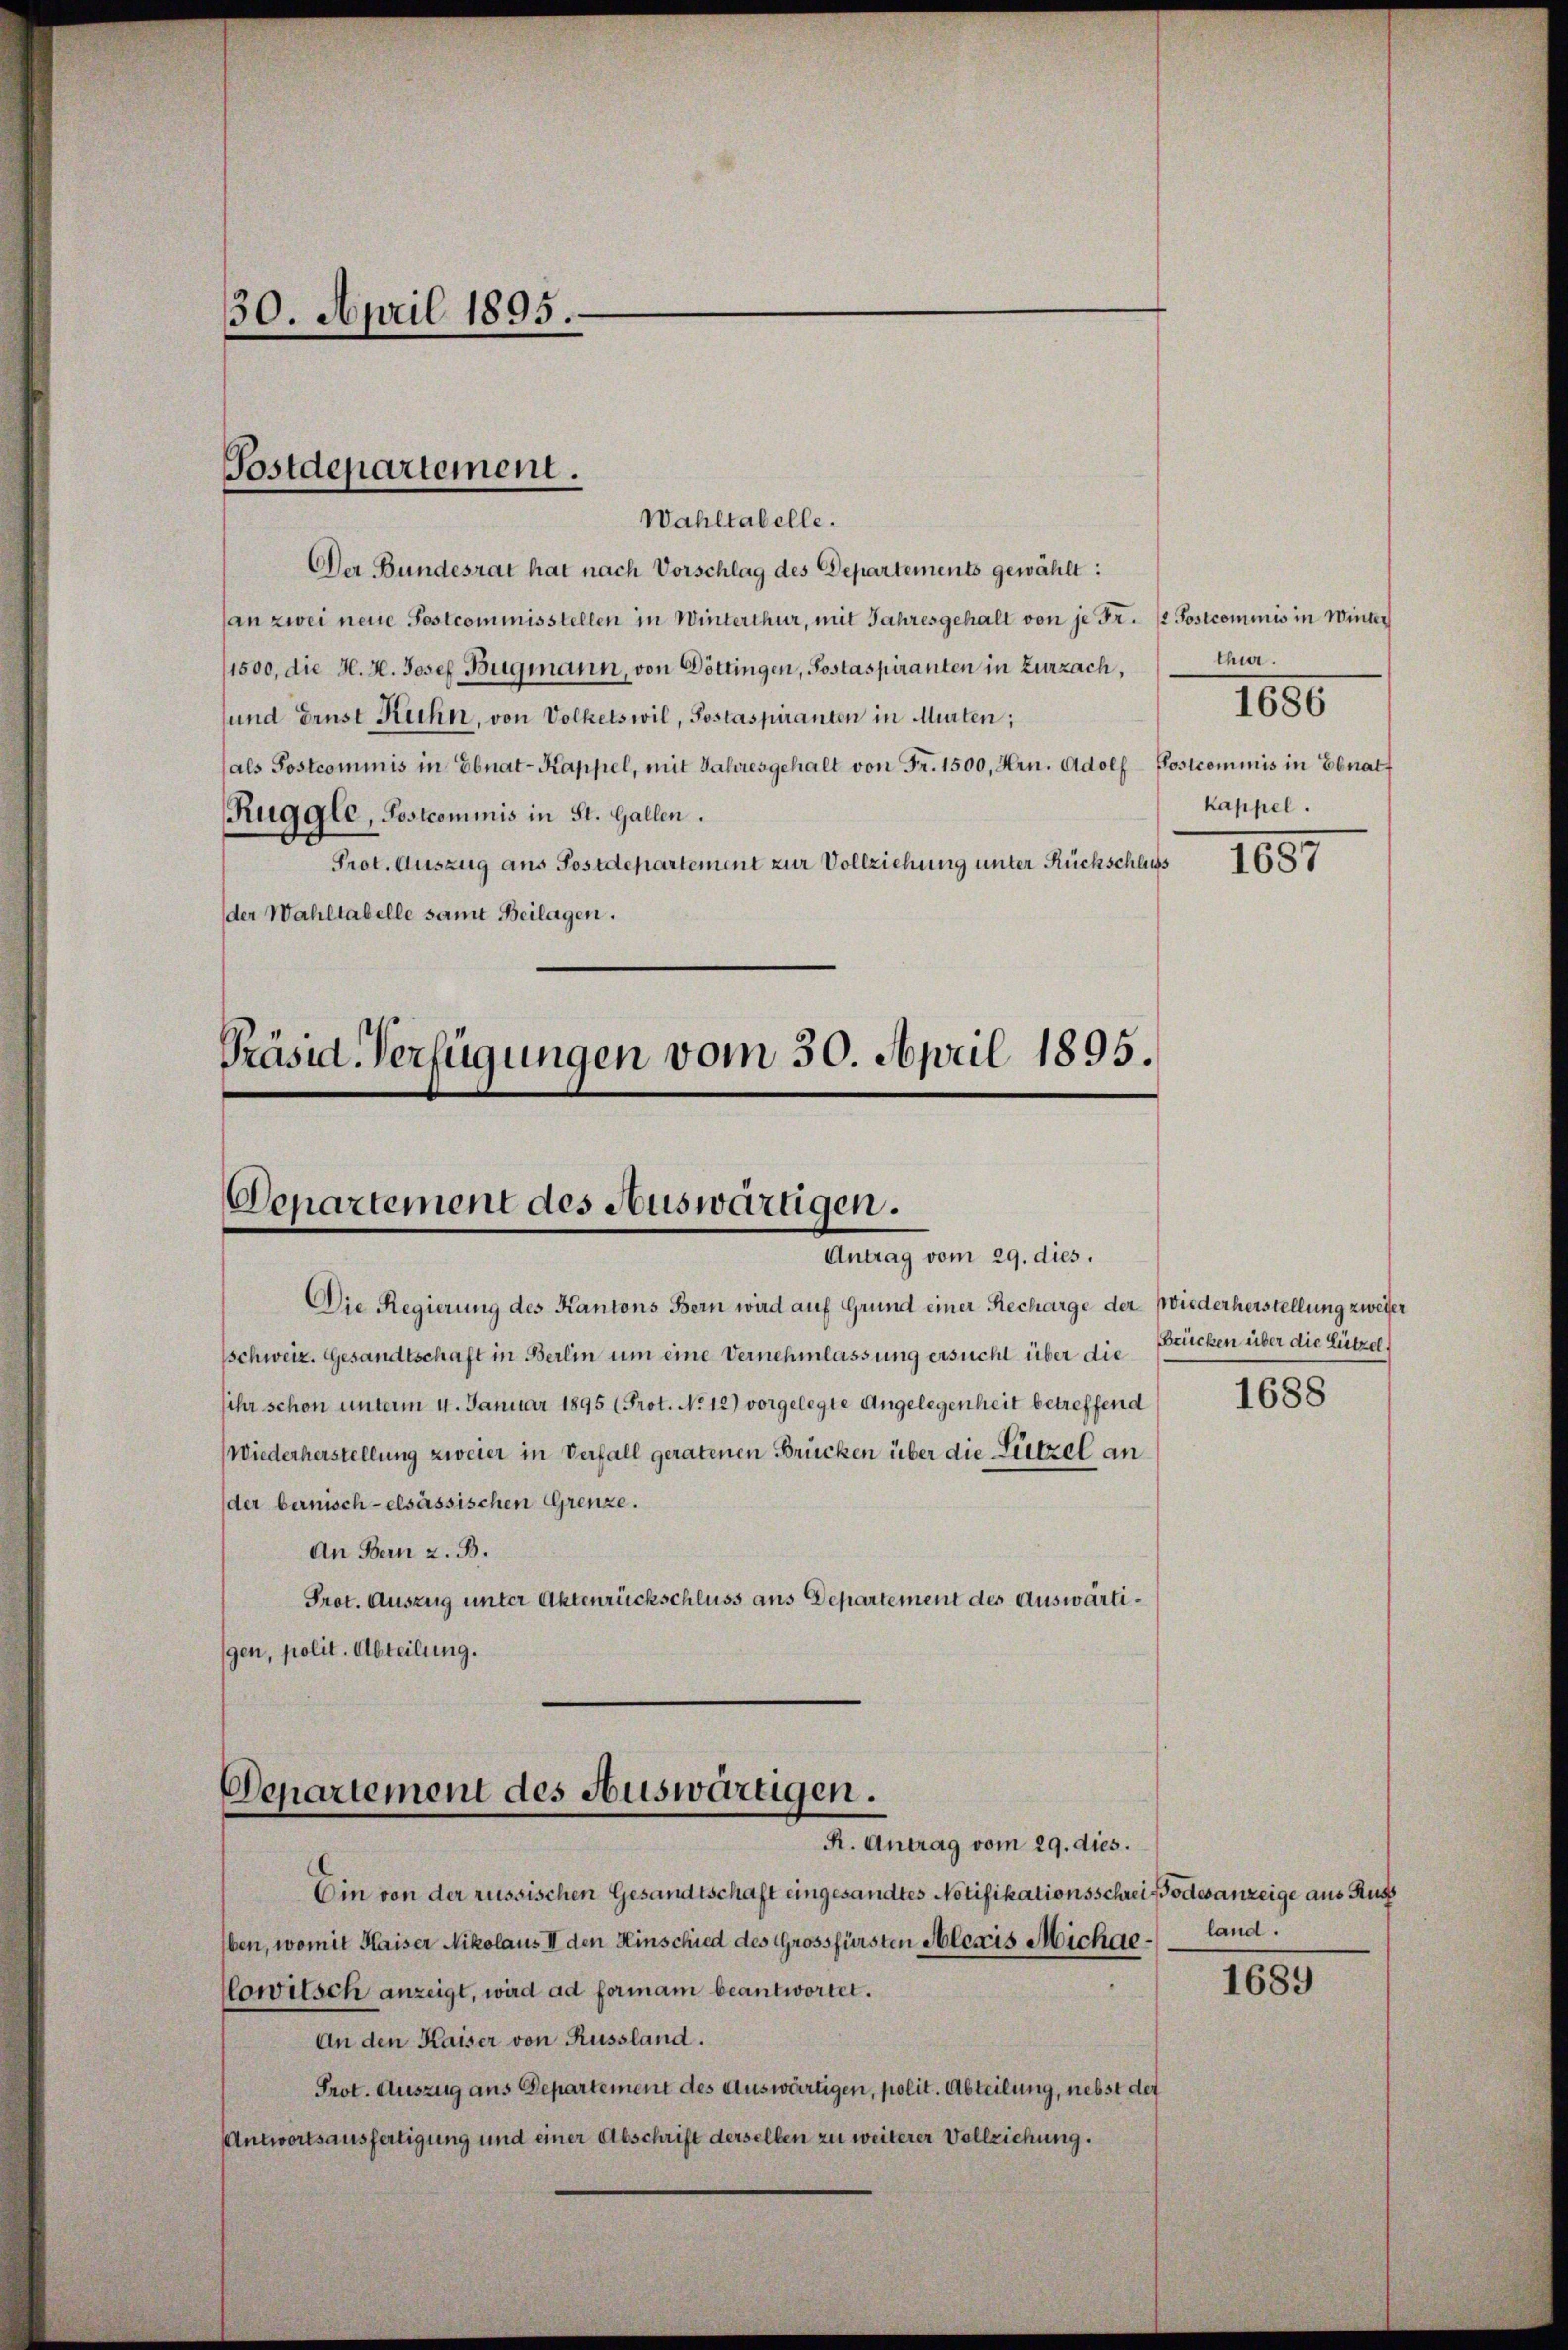
30. April 1895.

Postdepartement.
Wahltabelle.

Der Bundesrat hat nach Vorschlag des Departements gewählt:
an zwei neue Postcommisstellen in Winterthur, mit Jahresgehalt von je Fr. / Postcommis in Winter
1500, die H. H. Josef Bugmann, von Döttingen, Sostaspiranten in Zurzach,
und Ernst Kuhn, von Volketswil, Postaspiranten in Murten;
(als Postcommis in Ebnat-Kappel, mit Jahresgehalt von Fr. 1500, Hrn. Adolf Postcommis in Ebnatt
Ruggle, Postcommis in St. Gallen.
Prot. Auszug aus Postdepartement zur Vollziehung unter Rückschluss
der Wahltabelle samt Beilagen.

Präsid. Verfügungen vom 30. April 1895.
Denartement des Auswärtigen.
Antrag vom 29. dies.

Die Regierung des Kantons Bern wird auf Grund einer Recharge der Wiederherstellung zweier
sschweiz. Gesandtschaft in Berlin um eine Vernehmlassung ersucht über die
sihr schon unterm 4. Januar 1895 (Prot. No 12) vorgelegte Angelegenheit betreffend
Wiederherstellung zweier in Verfall geratenen Brücken über die Lützel an
der bernisch-elsässischen Grenze.
An Bern z. B.
Prot. Auszug unter Aktenrückschluss aus Departement des Auswärtigen, polit. Abteilung.

Departement des Auswärtigen.
R. Antrag vom 29. dies.

Ein von der russischen Gesandtschaft eingesandtes Notifikationsschreif oder anzeige aus Rus
ben, womit Haiser Nikolaus II den Hinschied des Grossfürsten Alexis Michaelowitsch anzeigt, wird ad formani beantwortet.
An den Kaiser von Russland.
Prot. Auszug aus Departement des Auswärtigen, polit. Abteilung, nebst der
Antwortsausfertigung und einer Abschrift derselben zu weiterer Vollziehung.

thur.
kappel.

1686

1057

Brücken über die Lützel,

1688

1689

land.